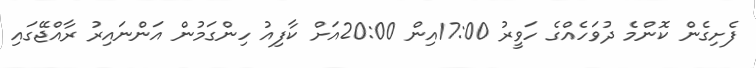
ފެށިގެން ކޮންމެ ދުވަހެއްގެ ހަވީރު 17:00އިން 20:00އަށް ކާފިއު ހިންގަމުން އަންނައިރު ރާއްޖޭގައި